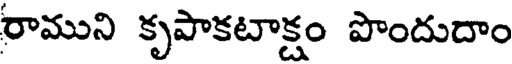
రాముని కృపాకటాక్షం పొందుదాం